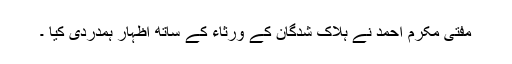
مفتی مکرم احمد نے ہلاک شدگان کے ورثاء کے ساتھ اظہار ہمدردی کیا ۔